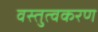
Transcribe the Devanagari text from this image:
वस्तुत्वकरण